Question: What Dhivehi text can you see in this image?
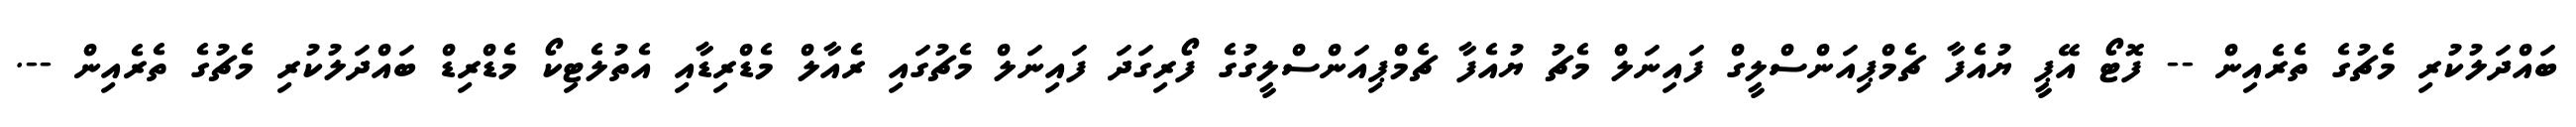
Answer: ބައްދަލުކުރި މެޗުގެ ތެރެއިން -- ފޮޓޯ އޭޕީ ޔުއެފާ ޗެމްޕިއަންސްލީގް ފައިނަލް މެޗު ޔުއެފާ ޗެމްޕިއަންސްލީގުގެ ފޯރިގަދަ ފައިނަލް މެޗުގައި ރެއާލް މެޑްރިޑާއި އެތުލެޓިކޯ މެޑްރިޑް ބައްދަލުކުރި މެޗުގެ ތެރެއިން --.